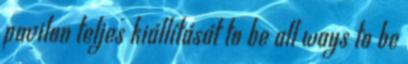
pavilon teljes kiállítását to be all ways to be